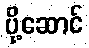
ပို့ဆောင်